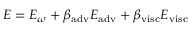
{ \cal E } = { \cal E } _ { \omega } + \beta _ { \mathrm { a d v } } { \cal E } _ { \mathrm { a d v } } + \beta _ { \mathrm { v i s c } } { \cal E } _ { \mathrm { v i s c } }